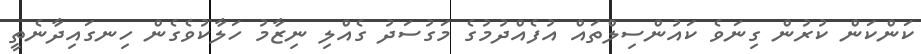
ކަންކަން ކުރުން ގިނަވެ ކައުންސިލްތައް އުފެއްދުމުގެ މަގުސަދު ގެއްލި ނިޒާމު ހަލާކުވެގެން ހިނގައިދާނެތީ